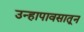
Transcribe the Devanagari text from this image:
उन्हापावसातून